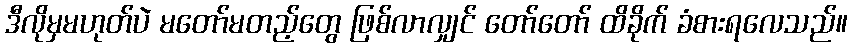
ဒီလိုမှမဟုတ်ပဲ မတော်မတည့်တွေ ဖြစ်လာလျှင် တော်တော် ထိခိုက် ခံစားရလေသည်။